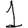
Digit: 1